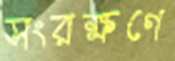
সংরক্ষণে